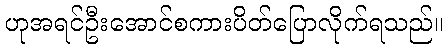
ဟုအရင်ဦးအောင်စကားပိတ်ပြောလိုက်ရသည်။